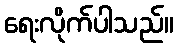
ရေးလိုက်ပါသည်။